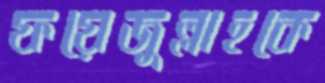
ফয়েজুল্লাহকে